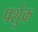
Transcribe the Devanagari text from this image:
पर्शुक